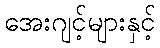
အေးဂျင့်များနှင့်